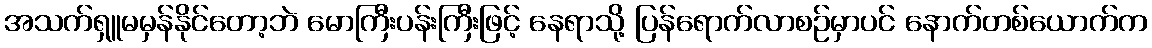
အသက်ရှူမမှန်နိုင်တော့ဘဲ မောကြီးပန်းကြီးဖြင့် နေရာသို့ ပြန်ရောက်လာစဉ်မှာပင် နောက်တစ်ယောက်က